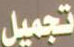
تجميل